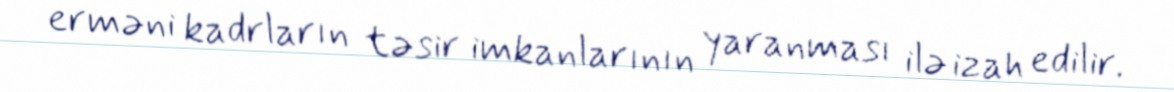
erməni kadrların təsir imkanlarının yaranması ilə izah edilir.